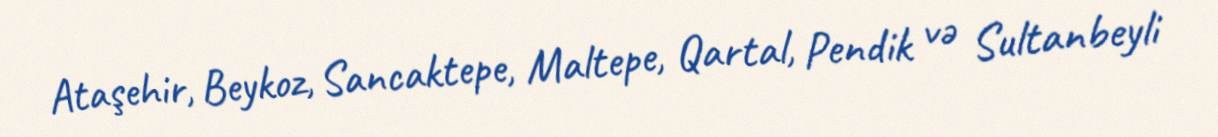
Ataşehir, Beykoz, Sancaktepe, Maltepe, Qartal, Pendik və Sultanbeyli